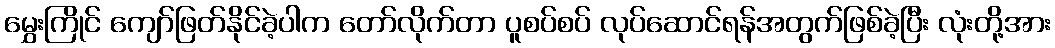
မွှေးကြိုင် ကျော်ဖြတ်နိုင်ခဲ့ပါက တော်လိုက်တာ ပူစပ်စပ် လုပ်ဆောင်ရန်အတွက်ဖြစ်ခဲ့ပြီး လုံးတို့အား